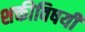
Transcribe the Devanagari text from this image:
शक्तीविषयी